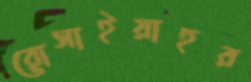
রোসাইয়াহর